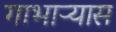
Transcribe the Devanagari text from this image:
गाभाऱ्यास